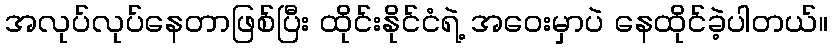
အလုပ်လုပ်နေတာဖြစ်ပြီး ထိုင်းနိုင်ငံရဲ့ အဝေးမှာပဲ နေထိုင်ခဲ့ပါတယ်။